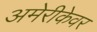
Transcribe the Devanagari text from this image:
अमेरीकेवर